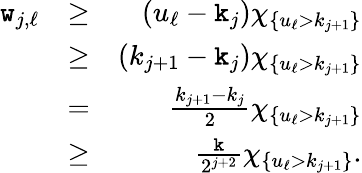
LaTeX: \begin{array}{rlr}{\texttt{w}_{j,\ell}}&{\ge}&{(u_{\ell}-\texttt{k}_{j})\chi_{\{ u_{\ell}>k_{j+1}\} }}\\ &{\ge}&{(k_{j+1}-\texttt{k}_{j})\chi_{\{ u_{\ell}>k_{j+1}\} }}\\ &{=}&{\frac{k_{j+1}-k_{j}}{2}\chi_{\{ u_{\ell}>k_{j+1}\} }}\\ &{\ge}&{\frac{\texttt{k}}{2^{j+2}}\chi_{\{ u_{\ell}>k_{j+1}\} }.}\end{array}